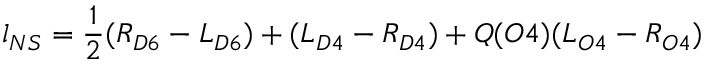
l _ { N S } = \frac { 1 } { 2 } ( R _ { D 6 } - L _ { D 6 } ) + ( L _ { D 4 } - R _ { D 4 } ) + Q ( O 4 ) ( L _ { O 4 } - R _ { O 4 } )